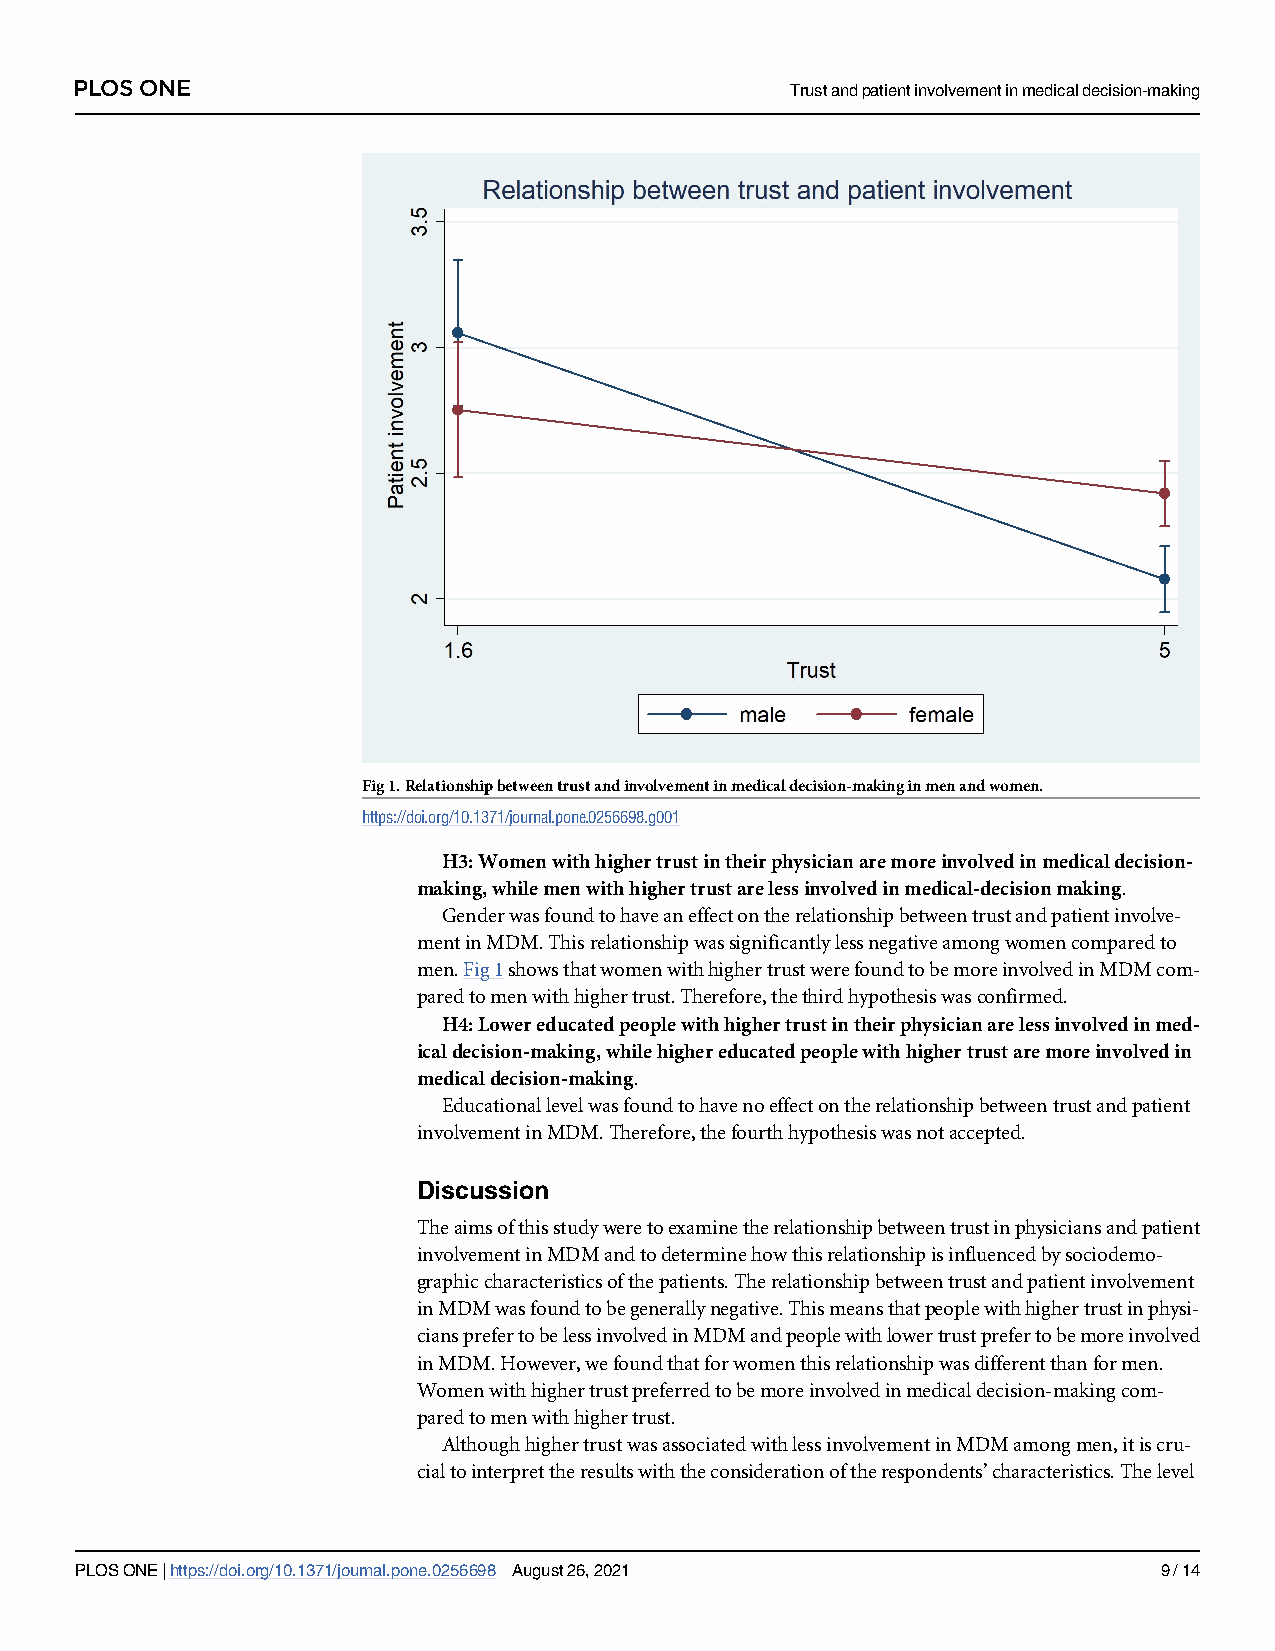
PLOS ONE                                       Trustandpatientinvolvementinmedicaldecision-making
 Fig1.Relationshipbetweentrustandinvolvementinmedicaldecision-makinginmenandwomen.
 https://doi.org/10.1371/journal.pone.0256698.g001
 H3:Womenwithhighertrustintheirphysicianaremoreinvolvedinmedicaldecision-
 making,whilemenwithhighertrustarelessinvolvedinmedical-decisionmaking.
 Genderwasfoundtohaveaneffectontherelationshipbetweentrustandpatientinvolve-
 mentinMDM.Thisrelationshipwassignificantlylessnegativeamongwomencomparedto
 men.Fig1showsthatwomenwithhighertrustwerefoundtobemoreinvolvedinMDMcom-
 paredtomenwithhighertrust.Therefore,thethirdhypothesiswasconfirmed.
 H4:Lowereducatedpeoplewithhighertrustintheirphysicianarelessinvolvedinmed-
 icaldecision-making,whilehighereducatedpeoplewithhighertrustaremoreinvolvedin
 medicaldecision-making.
 Educationallevelwasfoundtohavenoeffectontherelationshipbetweentrustandpatient
 involvementinMDM.Therefore,thefourthhypothesiswasnotaccepted.
 Discussion
 Theaimsofthisstudyweretoexaminetherelationshipbetweentrustinphysiciansandpatient
 involvementinMDMandtodeterminehowthisrelationshipisinfluencedbysociodemo-
 graphiccharacteristicsofthepatients.Therelationshipbetweentrustandpatientinvolvement
 inMDMwasfoundtobegenerallynegative.Thismeansthatpeoplewithhighertrustinphysi-
 ciansprefertobelessinvolvedinMDMandpeoplewithlowertrustprefertobemoreinvolved
 inMDM.However,wefoundthatforwomenthisrelationshipwasdifferentthanformen.
 Womenwithhighertrustpreferredtobemoreinvolvedinmedicaldecision-makingcom-
 paredtomenwithhighertrust.
 AlthoughhighertrustwasassociatedwithlessinvolvementinMDMamongmen,itiscru-
 cialtointerprettheresultswiththeconsiderationoftherespondents’characteristics.Thelevel
 PLOSONE|https://doi.org/10.1371/journal.pone.0256698 August26,2021      9/14